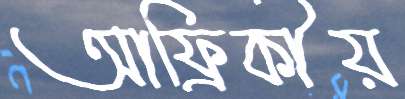
আফ্রিকীয়